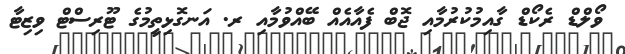
ވޯލްޑް ރެކޯޑް ގާއިމުކުރުމާއި ޖޮބް ފެއާއެއް ބޭއްވުމާއި ރ. އަނގޮޅިތީމުގެ ޓޫރިސްޓް ވިޒިޓާ